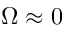
\Omega \approx 0